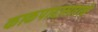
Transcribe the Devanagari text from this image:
काकपादासारखे